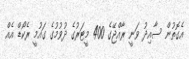
އެގޮތުން ސާއިދު ވަނީ ރާއްޖޭގެ 400 މީޓަރުގެ ދުވުމުގެ ގައުމީ ރެކޯޑް އެއް